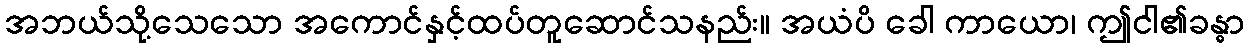
အဘယ်သို့သေသော အကောင်နှင့်ထပ်တူဆောင်သနည်း။ အယံပိ ခေါ ကာယော၊ ဤငါ၏ခန္ဓာ